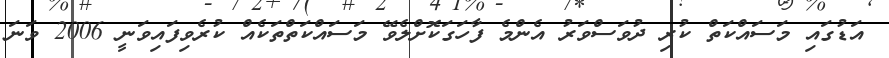
އަޑުގައި މަސައްކަތް ކުރި ދުވަސްވަރު އެންމެ ފާހަގަކޮށްލެވޭ މަސައްކަތްތަކެއް ކުރެވިފައިވަނީ 2006 ވަނަ